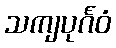
သကျပုင်္ဂဝံ